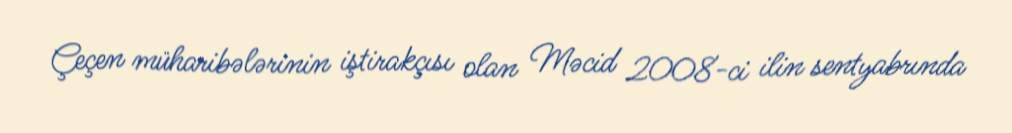
Çeçen müharibələrinin iştirakçısı olan Məcid 2008-ci ilin sentyabrında